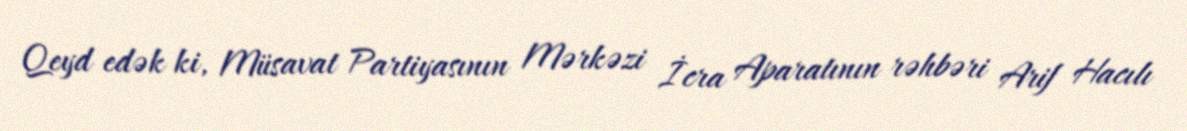
Qeyd edək ki, Müsavat Partiyasının Mərkəzi İcra Aparatının rəhbəri Arif Hacılı